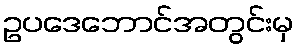
ဥပဒေဘောင်အတွင်းမှ